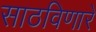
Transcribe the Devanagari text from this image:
साठविणारे